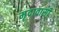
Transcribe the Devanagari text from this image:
मृदावासी